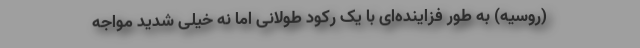
(روسیه) به طور فزاینده‌ای با یک رکود طولانی اما نه خیلی شدید مواجه